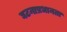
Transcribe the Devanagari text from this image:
घटनाप्रधानता